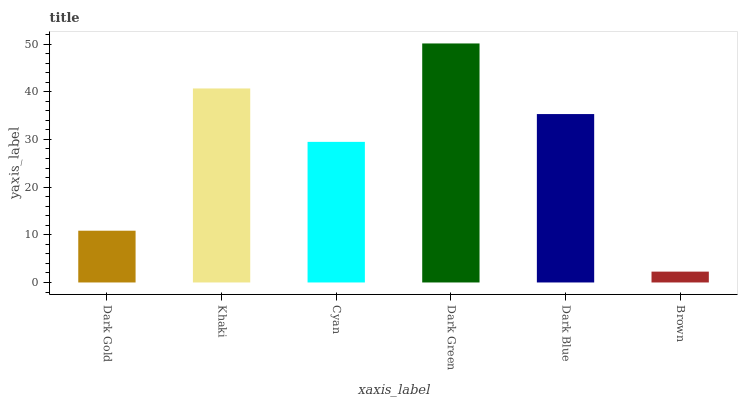
| xaxis_label | bars |
 | --- | --- |
 | Dark Gold | 10.9 |
 | Khaki | 40.7 |
 | Cyan | 29.5 |
 | Dark Green | 50.1 |
 | Dark Blue | 35.3 |
 | Brown | 2.28 |